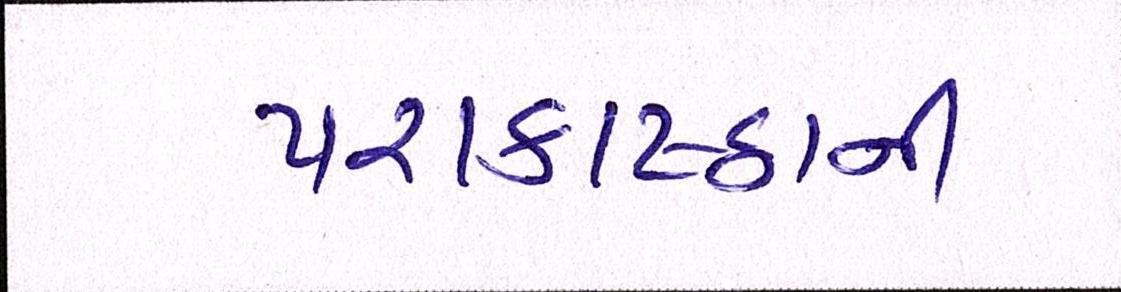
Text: પરાકાષ્ઠાની